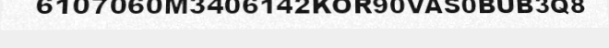
6107060M3406142KOR90VAS0BUB3Q8